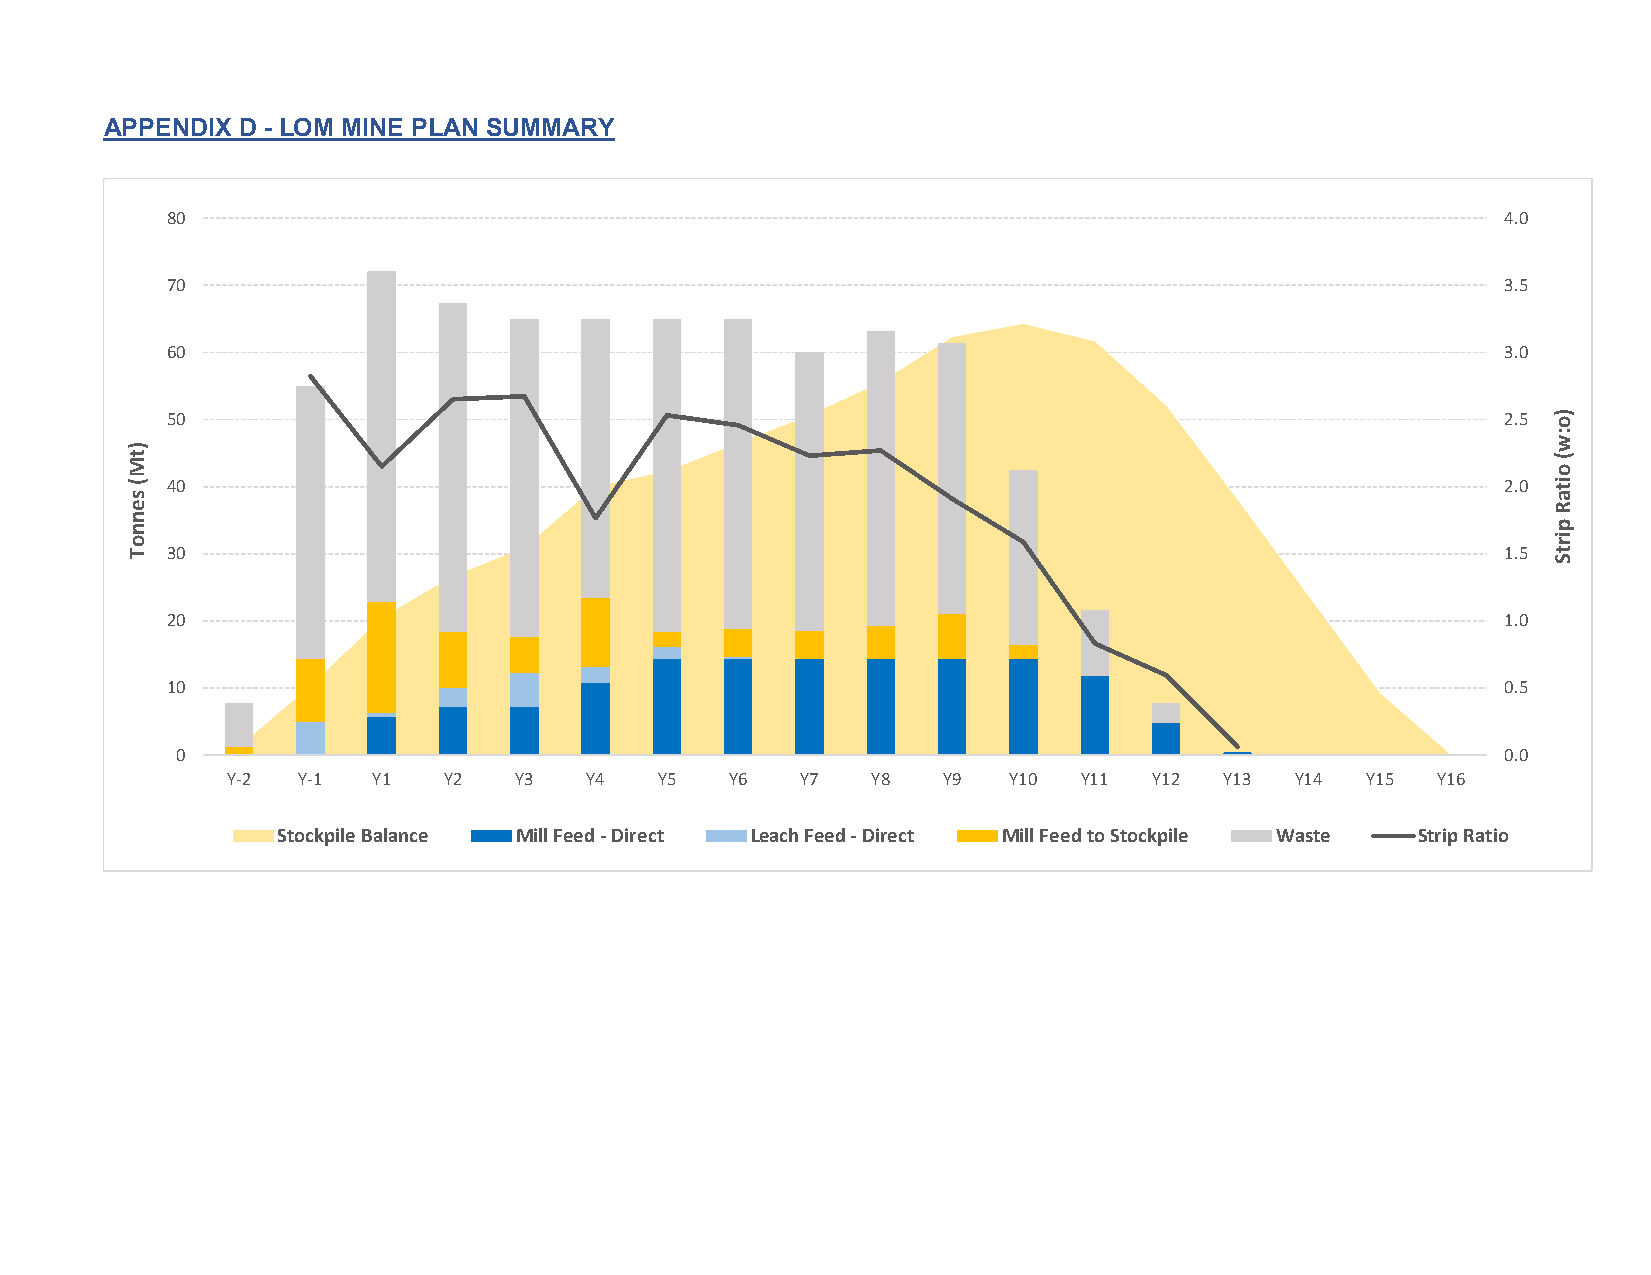
APPENDIX D - LOM MINE PLAN SUMMARY
 80                                                                                       4.0
 70                                                                                       3.5
 60                                                                                       3.0
 50                                                                                       2.5
 40                                                                                       2.0
 30                                                                                       1.5
 20                                                                                       1.0
 10                                                                                       0.5
 0                                                                                       0.0
 Y-2  Y-1  Y1  Y2   Y3   Y4   Y5  Y6   Y7   Y8  Y9   Y10  Y11 Y12  Y13  Y14 Y15  Y16
 Stockpile Balance Mill Feed - Direct Leach Feed - Direct Mill Feed to Stockpile Waste Strip Ratio
 )tM(
 sennoT
 )o:w(
 oitaR
 pirtS